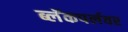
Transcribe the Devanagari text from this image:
ब्लॅकपर्लवर